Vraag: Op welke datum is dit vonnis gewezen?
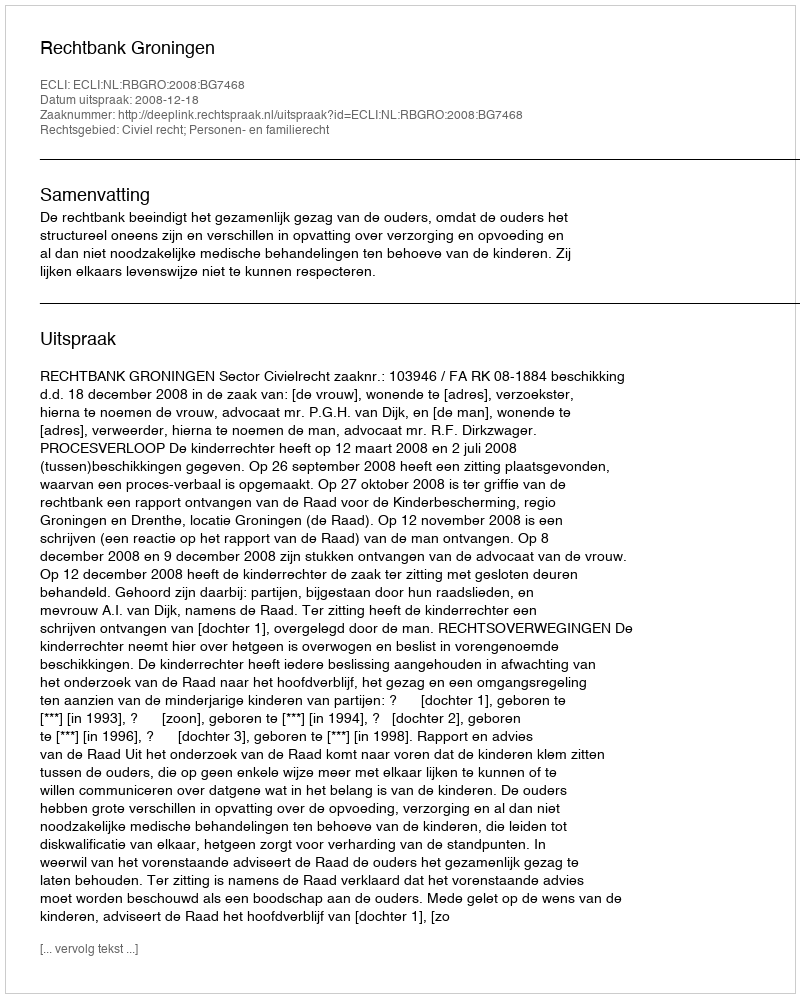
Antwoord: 2008-12-18